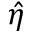
\hat { \eta }